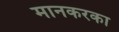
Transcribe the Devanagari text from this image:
मानकरका